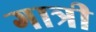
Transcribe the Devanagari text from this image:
गात्री